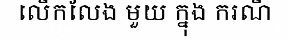
លើកលែង មួយ ក្នុង ករណី